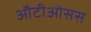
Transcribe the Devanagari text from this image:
औटीओसस